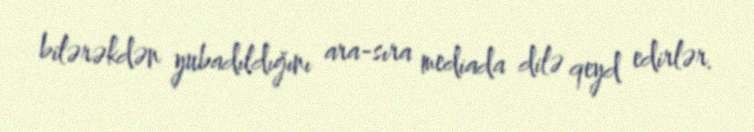
bilərəkdən yubadıldığını ara-sıra mediada dilə qeyd edirlər.